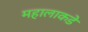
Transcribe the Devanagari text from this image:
महालाकडे